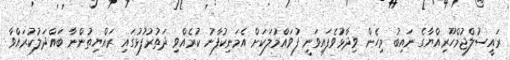
ރައީސުލްޖުމްހޫރިއްޔާގެ ނައިބު މިހެން ވިދާޅުވެފައިވަނީ ފުވައްމުލަކަށް އެމަނިކުފާނު ކުރެއްވި ދަތުރުފުޅުގައި ރައްޔިތުންނާ ބައްދަލުކުރައްވާ